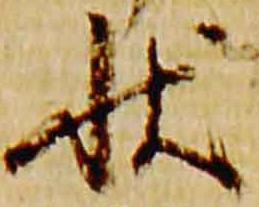
状